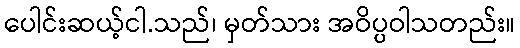
ပေါင်းဆယ့်ငါ.သည်၊ မှတ်သား အဝိပ္ပဝါသတည်း။